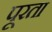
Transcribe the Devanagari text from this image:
पूरता